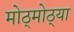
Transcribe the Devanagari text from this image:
मोठ्मोठ्या